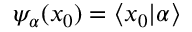
\psi _ { \alpha } ( x _ { 0 } ) = \langle x _ { 0 } | \alpha \rangle